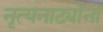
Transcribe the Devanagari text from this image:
नृत्यनाट्यांना